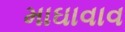
માઘાવાવ